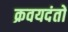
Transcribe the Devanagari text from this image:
क्रवयदंतों